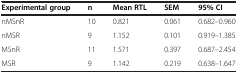
<table><thead><tr><td><b>Experimental group</b></td><td><b>n</b></td><td><b>Mean RTL</b></td><td><b>SEM</b></td><td><b>95% CI</b></td></tr></thead><tbody><tr><td>nMSnR</td><td>10</td><td>0.821</td><td>0.061</td><td>0.682–0.960</td></tr><tr><td>nMSR</td><td>9</td><td>1.152</td><td>0.101</td><td>0.919–1.385</td></tr><tr><td>MSnR</td><td>11</td><td>1.571</td><td>0.397</td><td>0.687–2.454</td></tr><tr><td>MSR</td><td>9</td><td>1.142</td><td>0.219</td><td>0.638–1.647</td></tr></tbody></table>